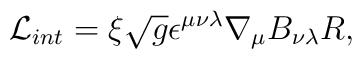
\mathcal{L}_{int}=\xi \sqrt{g}\epsilon ^{\mu \nu \lambda }\nabla _{\mu}B_{\nu \lambda }R,